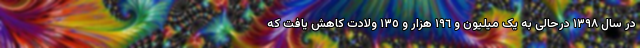
در سال ١٣٩٨ درحالی به یک میلیون و ١٩٦ هزار و ١٣٥ ولادت کاهش یافت که